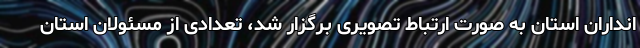
انداران استان به صورت ارتباط تصویری برگزار شد، تعدادی از مسئولان استان